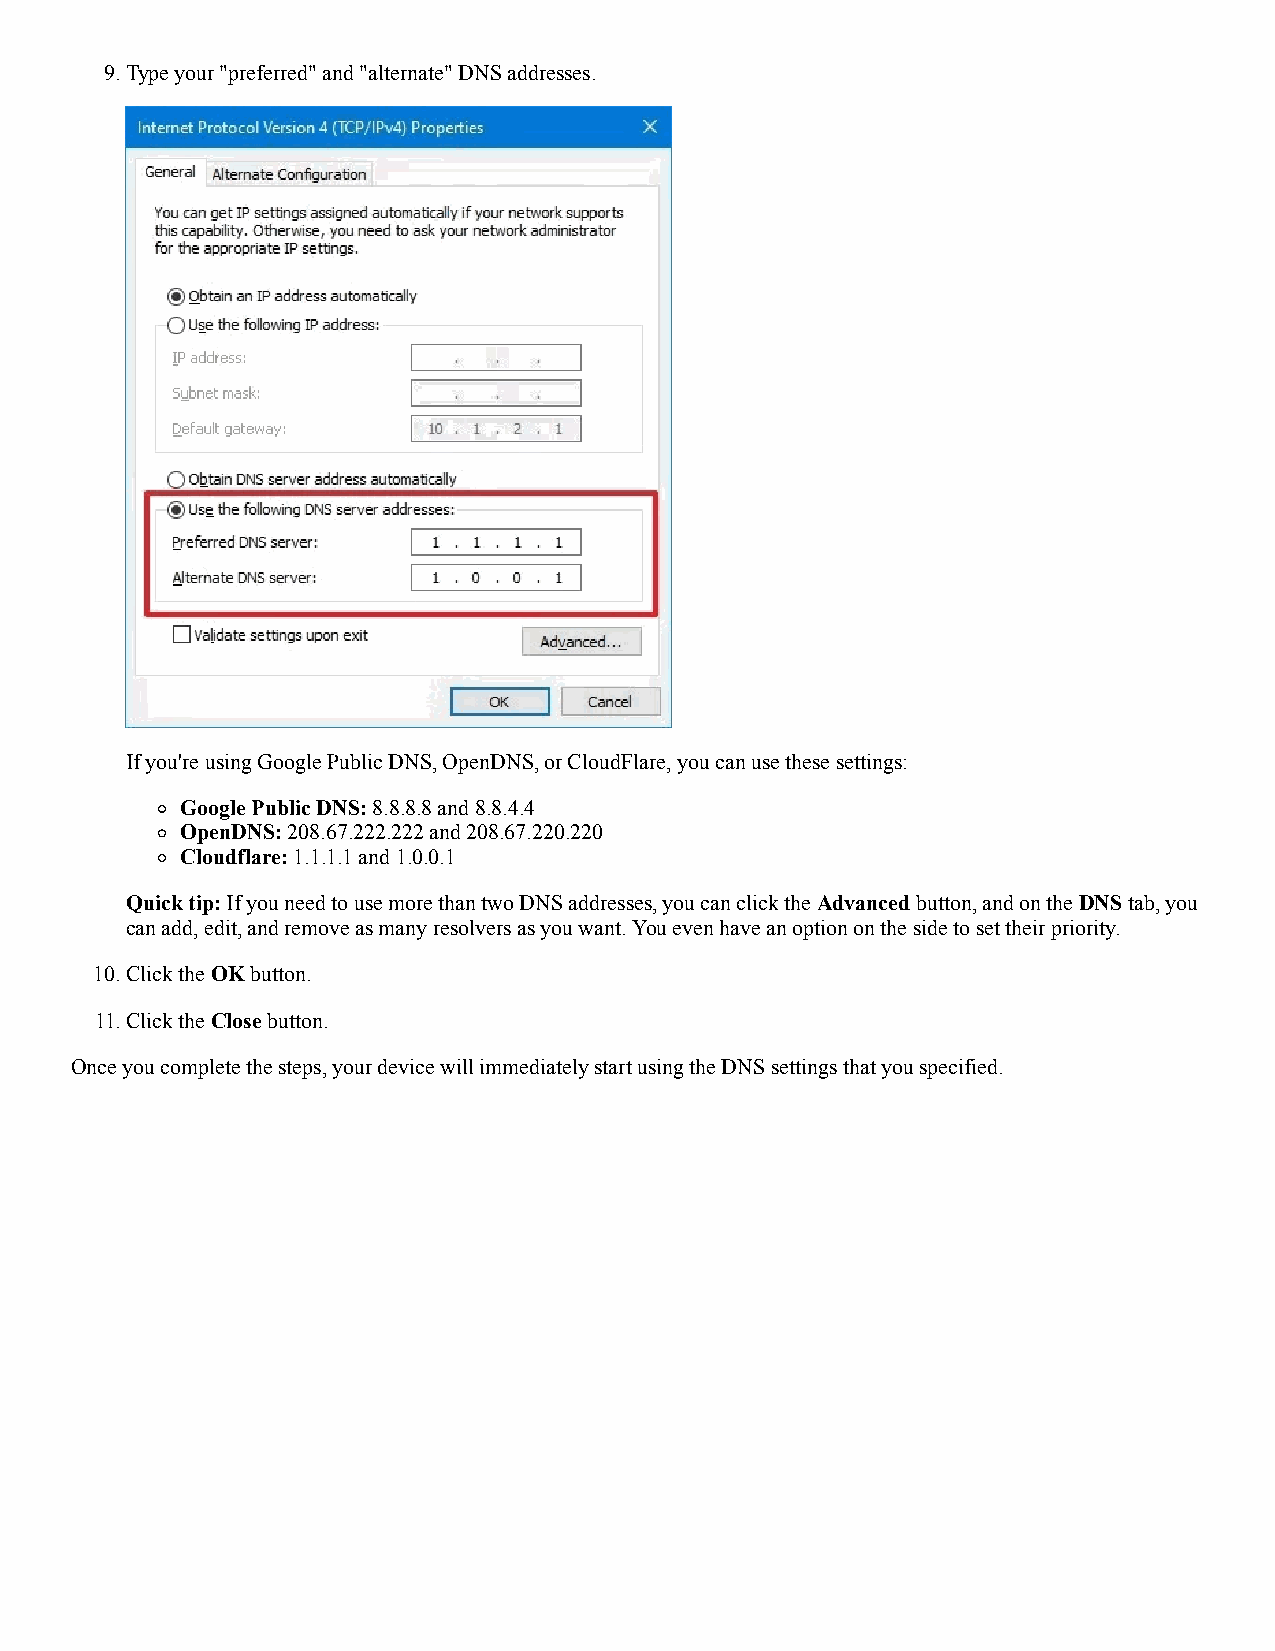
9. Type your "preferred" and "alternate" DNS addresses.
 If you're using Google Public DNS, OpenDNS, or CloudFlare, you can use these settings:
 Google Public DNS: 8.8.8.8 and 8.8.4.4
 OpenDNS: 208.67.222.222 and 208.67.220.220
 Cloudflare: 1.1.1.1 and 1.0.0.1
 Quick tip: If you need to use more than two DNS addresses, you can click the Advanced button, and on the DNS tab, you
 can add, edit, and remove as many resolvers as you want. You even have an option on the side to set their priority.
 10. Click the OK button.
 11. Click the Close button.
 Once you complete the steps, your device will immediately start using the DNS settings that you specified.